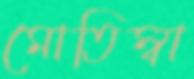
মোতিম্বা